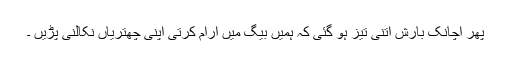
پھر اچانک بارش اتنی تیز ہو گئی کہ ہمیں بیگ میں آرام کرتی اپنی چھتریاں نکالنی پڑیں ۔